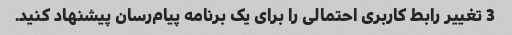
3 تغییر رابط کاربری احتمالی را برای یک برنامه پیام‌رسان پیشنهاد کنید.